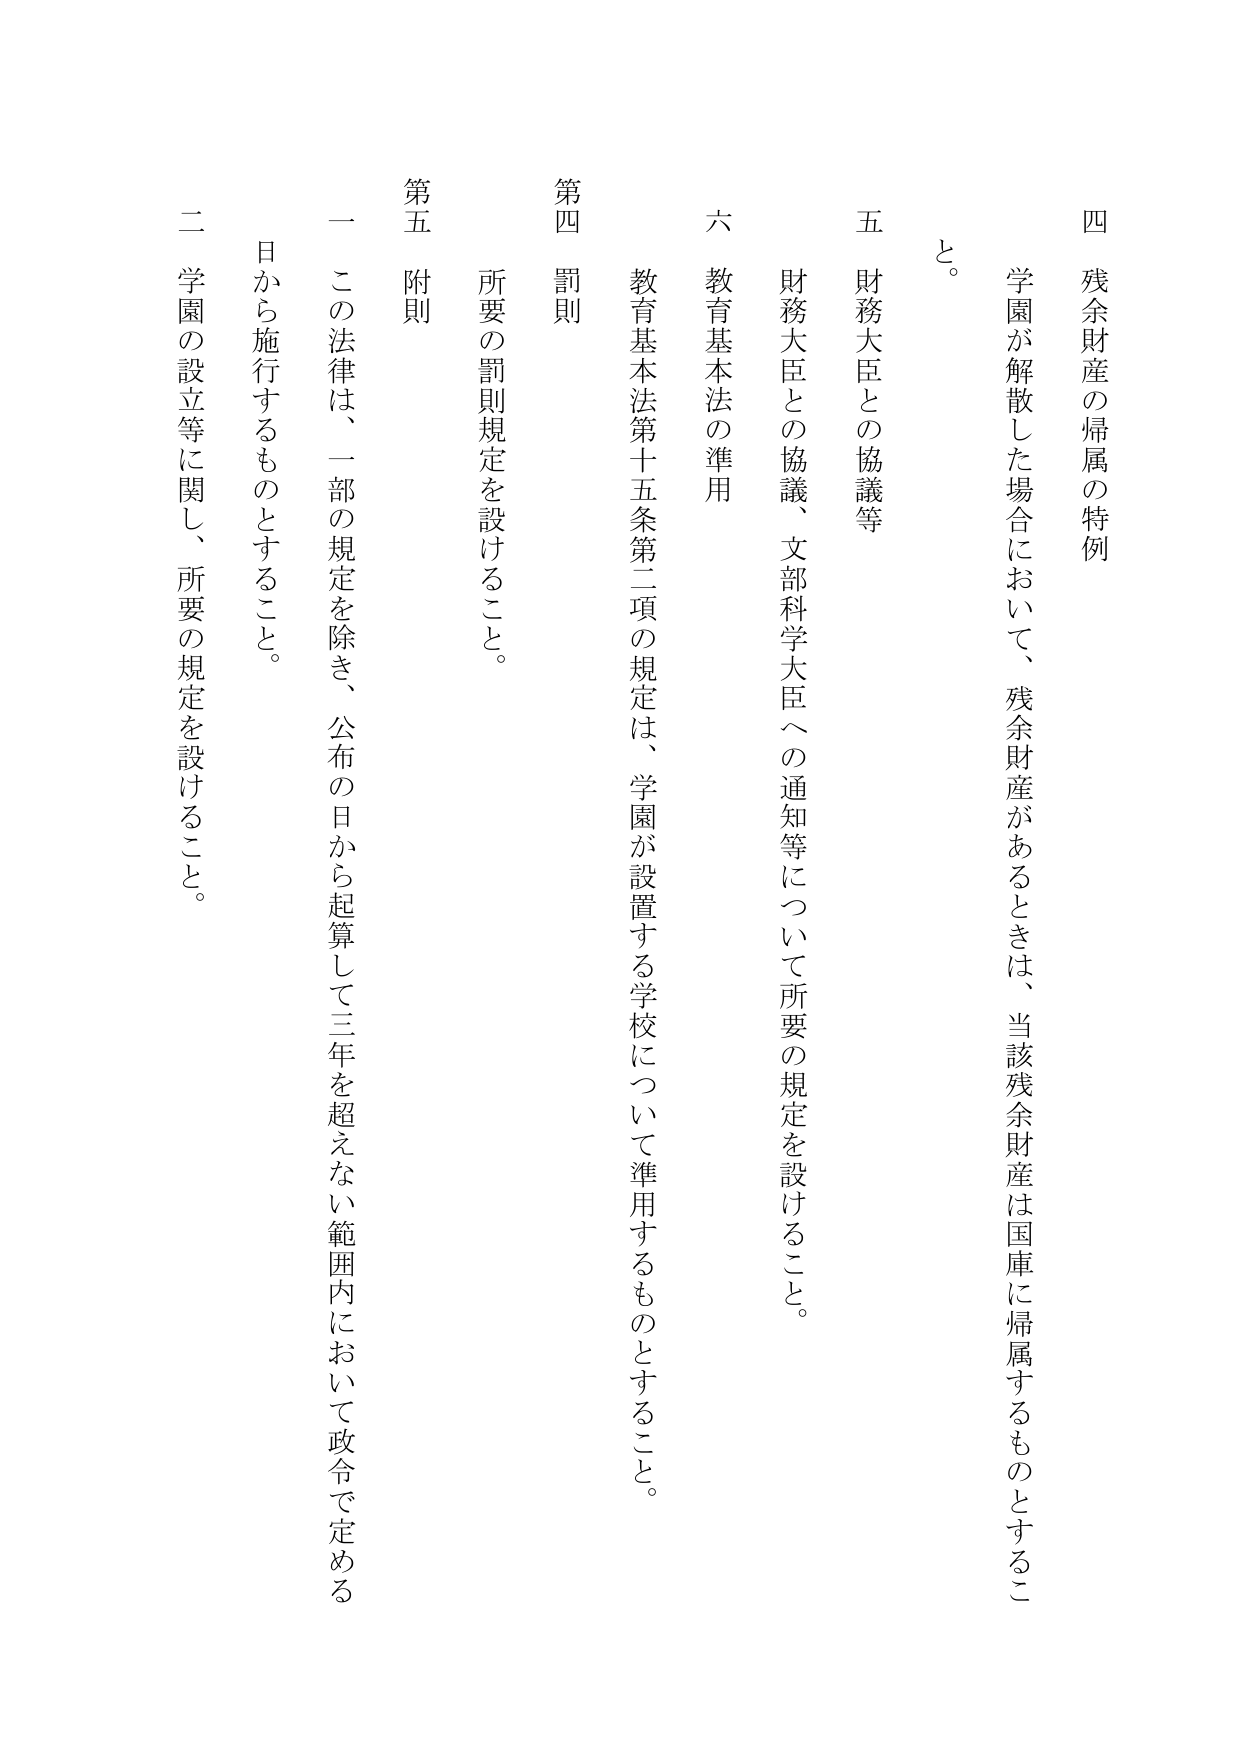
四 残余財産の帰属の特例
学園が解散した場合において、残余財産があるときは、当該残余財産は国庫に帰属するものとするこ
と。

五 財務大臣との協議等
財務大臣との協議、文部科学大臣への通知等について所要の規定を設けること。

六 教育基本法の準用
教育基本法第十五条第二項の規定は、学園が設置する学校について準用するものとすること。

第四 罰則
所要の罰則規定を設けること。

第五 附則
一 この法律は、一部の規定を除き、公布の日から起算して三年を超えない範囲内において政令で定める
日から施行するものとすること。
二 学園の設立等に関し、所要の規定を設けること。